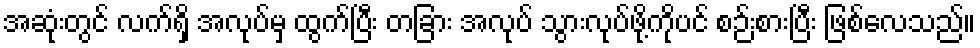
အဆုံးတွင် လက်ရှိ အလုပ်မှ ထွက်ပြီး တခြား အလုပ် သွားလုပ်ဖို့ကိုပင် စဉ်းစားပြီး ဖြစ်လေသည်။